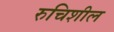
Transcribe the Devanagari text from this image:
रुचिशील